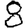
Digit: 8